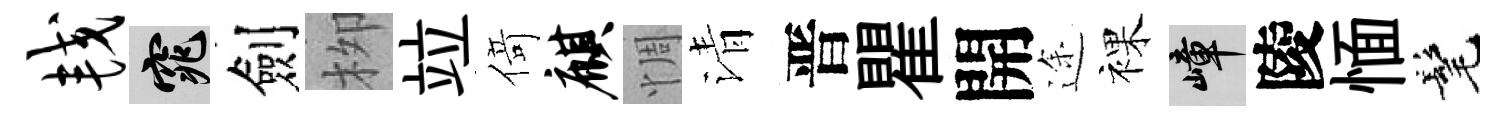
较窕劍栁竝𠋣麒惆清晋瞿開途裸嶂陵愐髦